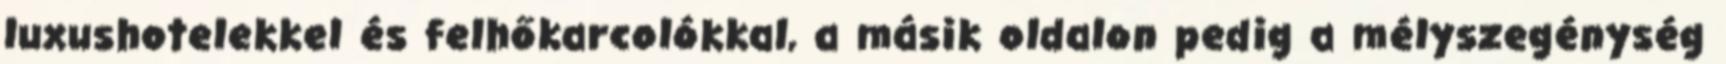
luxushotelekkel és felhőkarcolókkal, a másik oldalon pedig a mélyszegénység